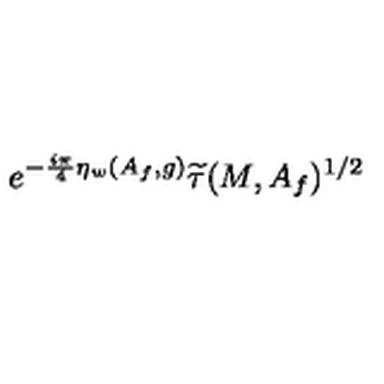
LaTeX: e ^ { - \frac { i \pi } { 4 } \eta _ { w } ( A _ { f } , g ) } \widetilde { \tau } ( M , A _ { f } ) ^ { 1 / 2 }